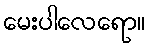
မေးပါလေရော။